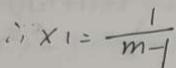
\therefore x _ { 1 } = \frac { 1 } { m - 1 }